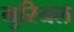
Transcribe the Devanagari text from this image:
मुरियल